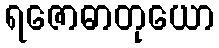
ရဇောဓာတုယော